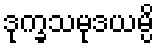
ဒုက္ခသမုဒယမ္ပိ